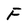
Character: F